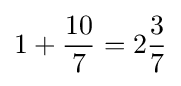
1+{\frac {10}{7}}=2{\frac {3}{7}}